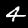
Label: 4